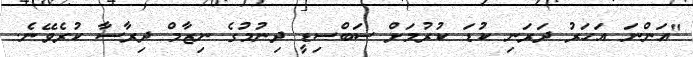
"އަންނަ އަހަރު ދަރަނި ކުޑަ ކުރުމަށް ސަބްސިޑީ ދިނުމުގެ ނިޒާމް ދިރާސާ ކުރެވޭނެ.